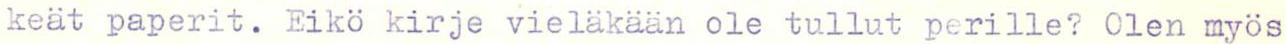
keät paperit. Eikö kirje vieläkään ole tullut perille? Olen myös